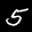
Label: 5